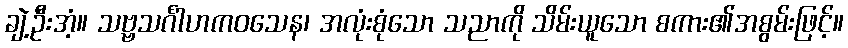
ချဲ့ဦးအံ့။ သဗ္ဗသင်္ဂါဟကဝသေန၊ အလုံးစုံသော သညာကို သိမ်းယူသော စကား၏အစွမ်းဖြင့်။